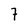
Character: 7